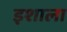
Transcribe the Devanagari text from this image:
इशाला